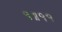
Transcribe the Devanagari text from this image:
१॥११